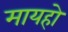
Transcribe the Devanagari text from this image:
मायहो